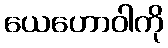
ယေဟောဝါကို